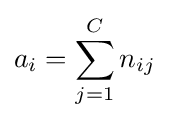
a_{i}=\sum _{j=1}^{C}n_{ij}